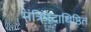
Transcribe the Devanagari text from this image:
मंत्रिपदाधिष्ठित